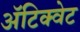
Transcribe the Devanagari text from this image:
अॅटिक्वेट